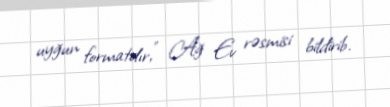
uyğun formatdır,” Ağ Ev rəsmisi bildirib.